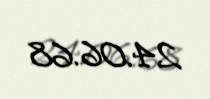
24.06.68